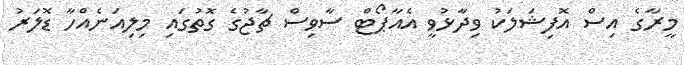
މީރާގެ އިސް އޮފިޝަލަކު ވިދާޅުވީ އެއާޕޯޓް ސާވިސް ޗާޖުގެ ގޮތުގައި މިލިއަނެއްހާ ޑޮލަރު